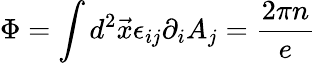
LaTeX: \Phi=\int d^{2}\vec{x}\epsilon_{ij}\partial_{i}A_{j}=\frac{2\pi n}{e}